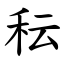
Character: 秐